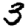
Digit: 3